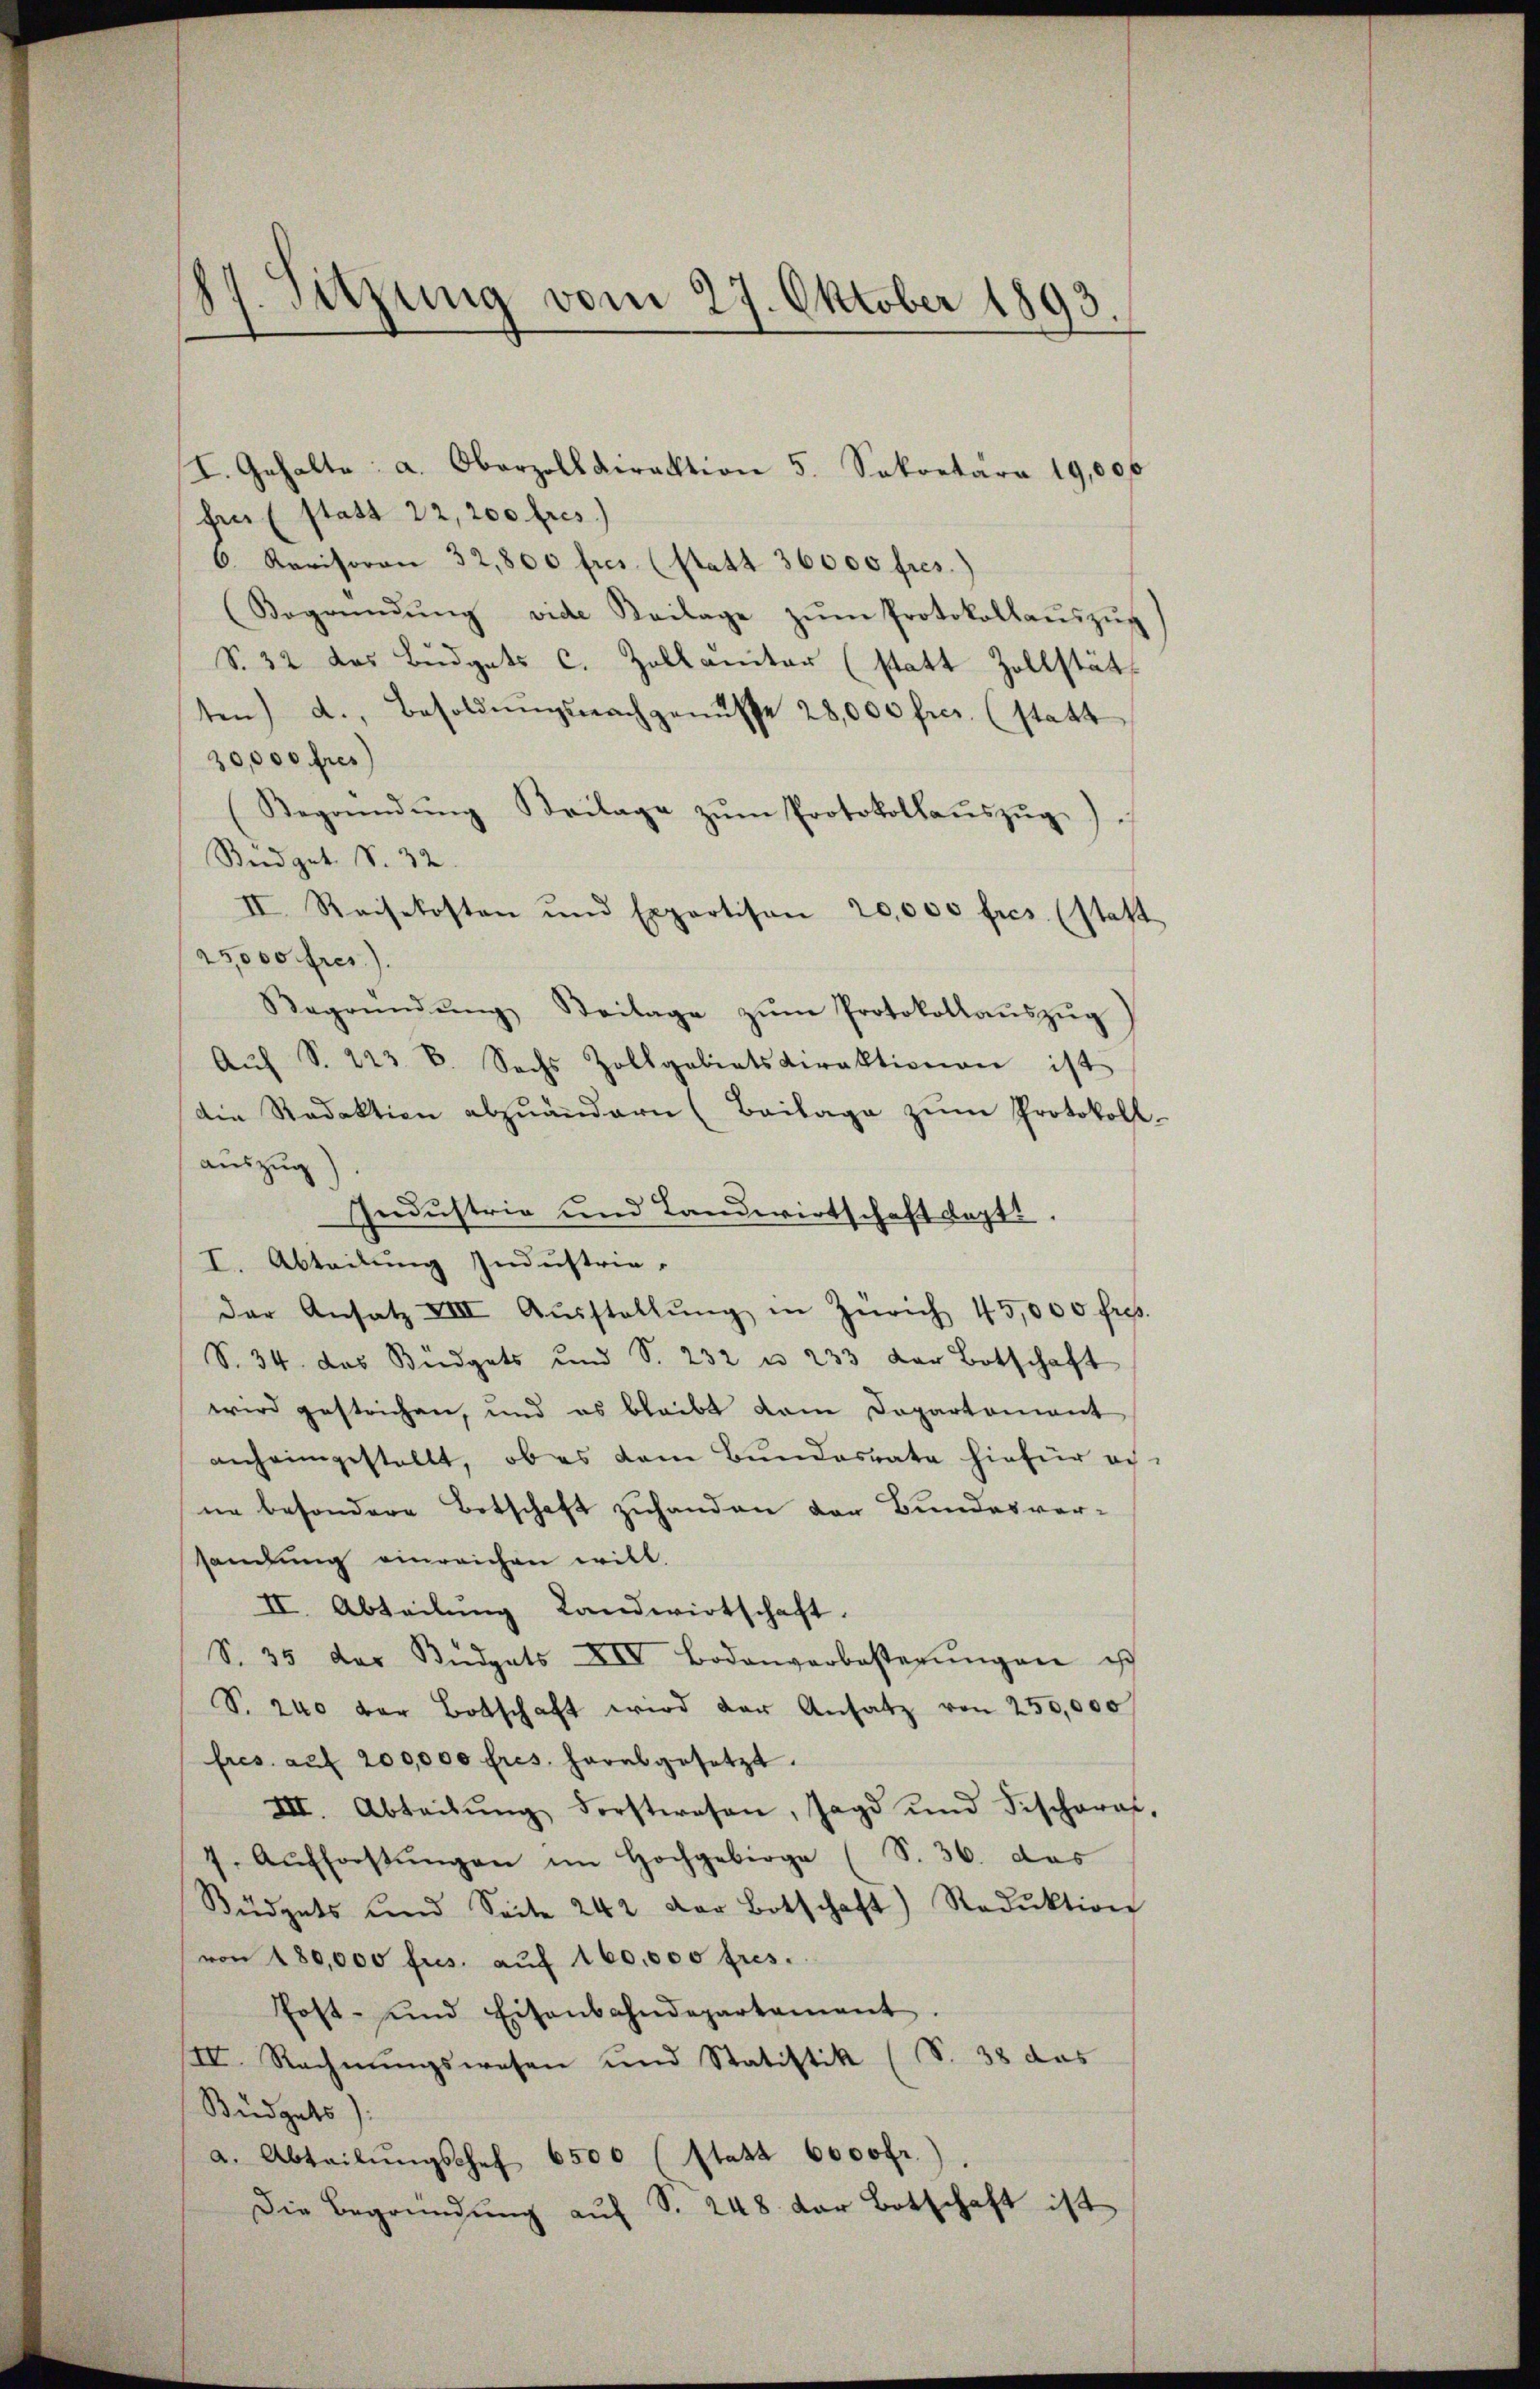
87. Sitzung vom 27. Oktober 1893.

hen (statt 22, 200 fres)
6. Revisoren 32,800 fres. (statt 36000 fres.)
Begründŭng vide Beilage zŭm Protokollaŭszŭg
S. 32 das Budgets c. Zollanitar (statt Zollstät
ten) d., Besoldŭngsnachgenusse 28,000 frs. (statt
30,000 fres
Begründŭng Beilage zŭm Protokollaŭszŭg)
Steidiget. S. 32.
II. Reisekosten und Expertison 20,000 fres. (statt
25,000 fres)
Begründŭng Seilage zŭm Protokollaŭszŭg
Aŭf S. 223 B. Sechs Zollgabiatsdirektionen ist
die Redaktion abzuändern (Beilage zŭm Protokoll.
auszug
Industrie und Landwirtschaft Sept.
I. Abteilung Industrie-
der Ansatz VIII Aŭsstellŭng in Zürich 45,000 frs.
S. 34 das Büdgets und S. 232 u. 233 der Botschaft
wird gestrichen, und es bleibt dem Dopartement
anheimgestellt, ob es dem Bŭndesrate hiefür ac
ne besondere Botschaft zuhanden der Bundesver-
sandŭng einreichen will.
II. Abteilung Landwirtschaft.
S. 35 der Bŭdgets XIV Bodenverbesterŭngen ist
S. 240 der Botschaft wird der Ansatz von 250,000
fres. aŭf 200,000 fres. herabgesetzt.
III. Abteilŭng dorstwesen, Jagd und Fischoral,
7. Aŭfforstŭngen im Hochgebirge (S. 36. das
Büdgets und Seite 242 der Botschaft) Reduktion
von 180,000 frs. aŭf 160,000 fres.
Post- und Eisenbahndepartament
II. Rechnŭngswesen und Statistik (S. 38 das
Büdgets
a. Abteilŭngschef 6500 (statt 6000fr.
Die Begründung auf S. 248 der Botschaft ist

I. Gehalte a. Oberzolldirektion 5. Sekretär 19,000